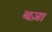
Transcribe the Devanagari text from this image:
बज़ा